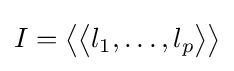
I={{\big \langle }{\big \langle }}l_{1},\ldots ,l_{p}{{\big \rangle }{\big \rangle }}